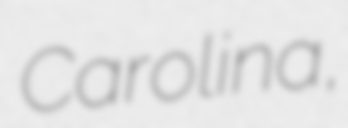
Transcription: Carolina,